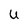
Character: U